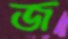
জ